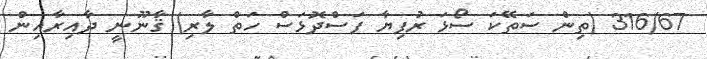
316/67 (ތިން ސަތޭކަ ސޯޅަ ރުފިޔާ ފަސްދޮޅަސް ހަތް ލާރި) ޤާނޫނީ ދާއިރާއިން